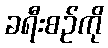
ခရီးစဉ်ကို